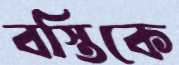
বস্তিকে